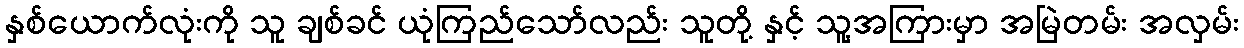
နှစ်ယောက်လုံးကို သူ ချစ်ခင် ယုံကြည်သော်လည်း သူတို့ နှင့် သူ့အကြားမှာ အမြဲတမ်း အလှမ်း